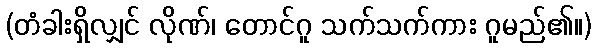
(တံခါးရှိလျှင် လိုဏ်၊ တောင်ဂူ သက်သက်ကား ဂူမည်၏။)